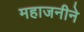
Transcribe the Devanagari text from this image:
महाजनीने